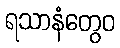
ရသာနံတွေဝ